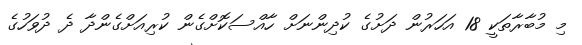
މި މުބާރާތަކީ 18 އަހަރުން ދަށުގެ ކުދިންނަށް ހާއްސަކޮށްގެން ކުރިއަށްގެންދާ ދެ ދުވަހުގެ